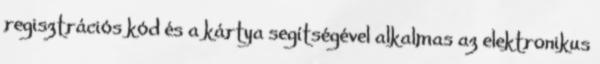
regisztrációs kód és a kártya segítségével alkalmas az elektronikus